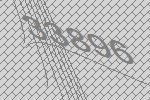
33896